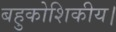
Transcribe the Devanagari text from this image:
बहुकोशिकीय।